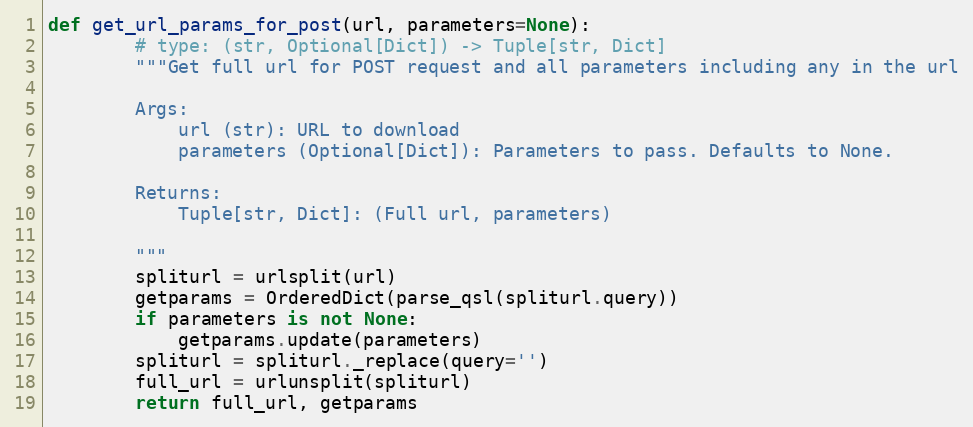
Language: Python
def get_url_params_for_post(url, parameters=None):
        # type: (str, Optional[Dict]) -> Tuple[str, Dict]
        """Get full url for POST request and all parameters including any in the url

        Args:
            url (str): URL to download
            parameters (Optional[Dict]): Parameters to pass. Defaults to None.

        Returns:
            Tuple[str, Dict]: (Full url, parameters)

        """
        spliturl = urlsplit(url)
        getparams = OrderedDict(parse_qsl(spliturl.query))
        if parameters is not None:
            getparams.update(parameters)
        spliturl = spliturl._replace(query='')
        full_url = urlunsplit(spliturl)
        return full_url, getparams